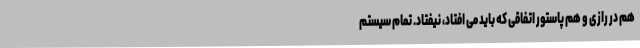
هم در رازی و هم پاستور اتفاقی که باید می افتاد، نیفتاد. تمام سیستم